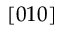
[ 0 1 0 ]